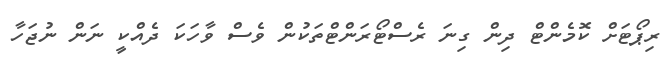
ރިޕޯޓަށް ކޮމެންޓް ދިން ގިނަ ރެސްޓޯރަންޓްތަކުން ވެސް ވާހަކަ ދެއްކީ ނަން ނުޖަހާ